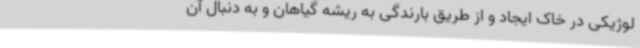
لوژیکی در خاک ایجاد و از طریق بارندگی به ریشه گیاهان و به دنبال آن